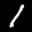
Label: 1